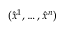
( \hat { x } ^ { 1 } , \dots , \hat { x } ^ { n } )